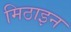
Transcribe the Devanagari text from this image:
मिठाइन